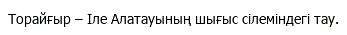
Торайғыр – Іле Алатауының шығыс сілеміндегі тау.